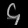
Digit: ၄